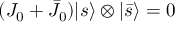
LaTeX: ( J _ { 0 } + \bar { J } _ { 0 } ) { \vert { s } \rangle } \otimes { \vert { \bar { s } } \rangle } = 0